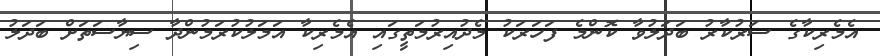
އެމެރިކާގެ ސަރުކާރު ބަދަލުވާ ކޮންމެ ފަހަރަކު މެދުއިރުމަތީގައި އެމެރިކާ އަމަލުކުރަމުންދާ ސިޔާސަތަށް ބަދަލު